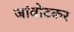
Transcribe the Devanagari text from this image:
जांबोटकर